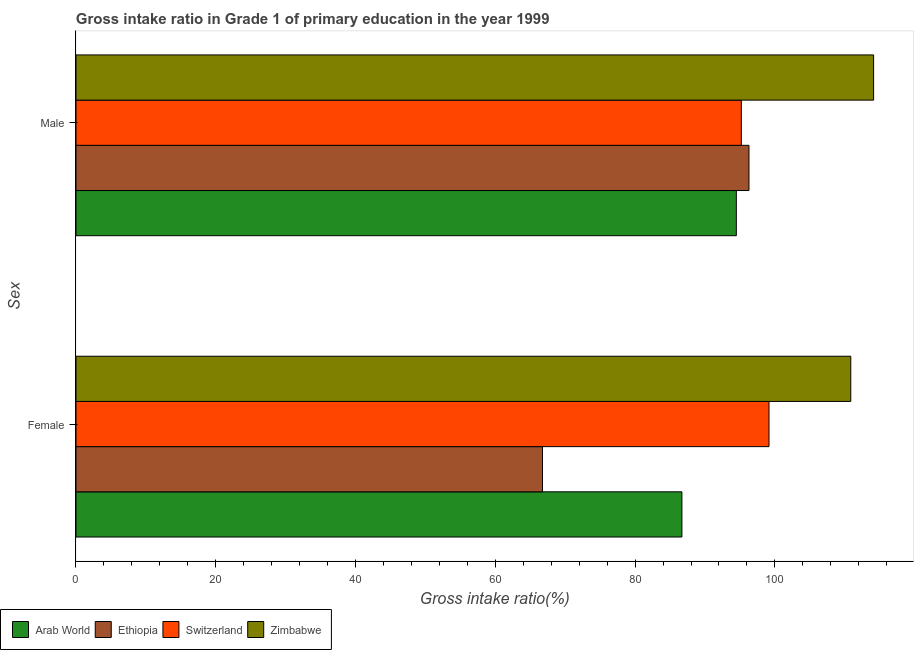
| Sex | Arab World | Ethiopia | Switzerland | Zimbabwe |
 | --- | --- | --- | --- | --- |
 | Female | 86.7 | 66.7 | 99.2 | 111 |
 | Male | 94.5 | 96.3 | 95.2 | 114 |